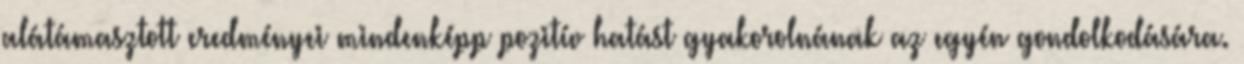
alátámasztott eredményei mindenképp pozitív hatást gyakorolnának az egyén gondolkodására.